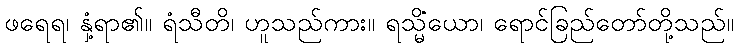
ဖရေရ၊ နှံ့ရာ၏။ ရံသီတိ၊ ဟူသည်ကား။ ရသ္မိံယော၊ ရောင်ခြည်တော်တို့သည်။